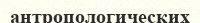
антропологических